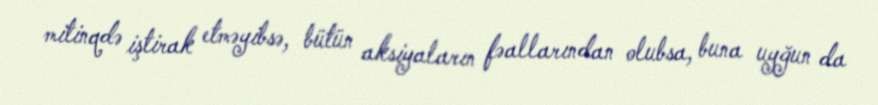
mitinqdə iştirak etməyibsə, bütün aksiyaların fəallarından olubsa, buna uyğun da